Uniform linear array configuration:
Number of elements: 24
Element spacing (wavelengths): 0.75
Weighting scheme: blackman
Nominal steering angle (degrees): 45
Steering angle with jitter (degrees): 44.69
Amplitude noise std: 0.05
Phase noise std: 0.05

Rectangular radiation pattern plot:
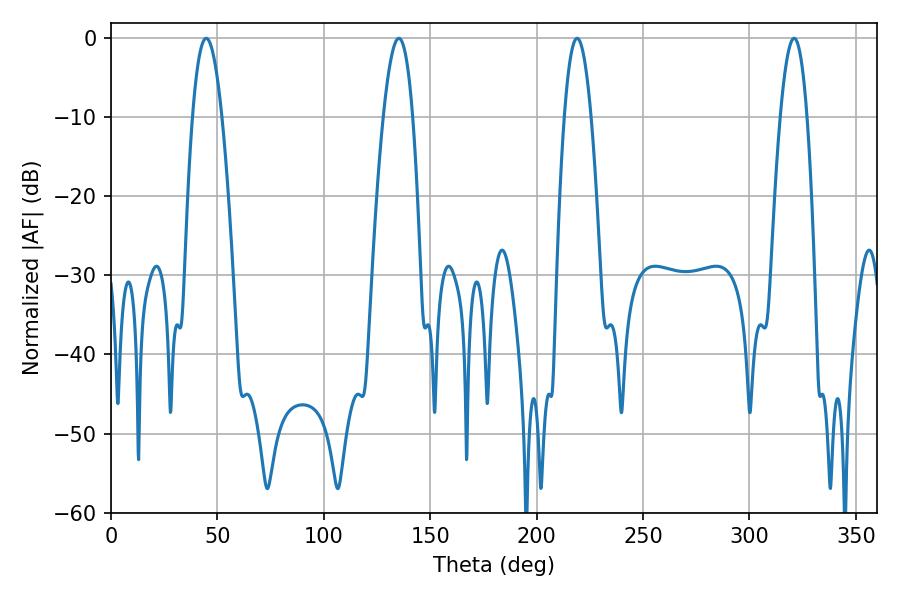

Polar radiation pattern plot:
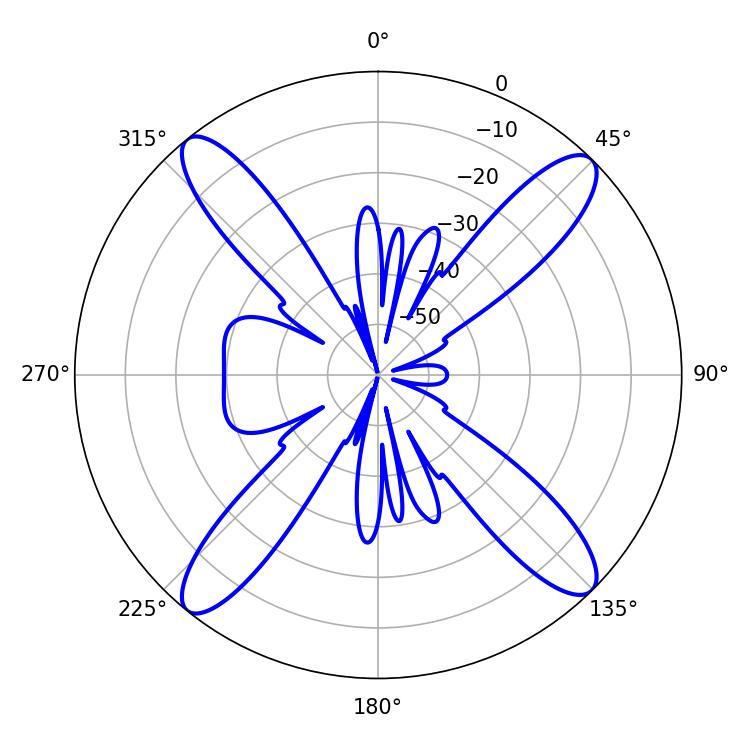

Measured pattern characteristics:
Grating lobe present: TRUE
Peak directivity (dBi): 17.389
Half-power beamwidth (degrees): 6.84
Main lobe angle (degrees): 219.06